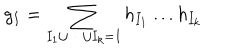
g _ { I } = \sum _ { I _ { 1 } \cup \dots \cup I _ { k } = I } h _ { I _ { 1 } } \dots h _ { I _ { k } } \,